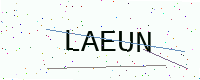
Text: LAEUN